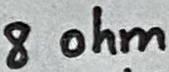
Text: 8 ohm